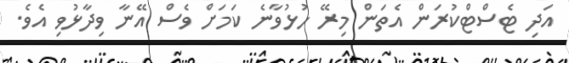
އަދި ޓެސްޓްކުރަން އެތަން މިރޭ ހުޅުވާނެ ކަމަށް ވެސް އޭނާ ވިދާޅުވި އެވެ.